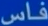
فاس